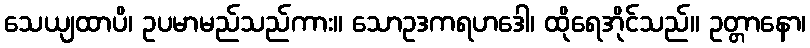
သေယျထာပိ၊ ဥပမာမည်သည်ကား။ သောဥဒကရဟဒေါ၊ ထိုရေအိုင်သည်။ ဥတ္တာနော၊